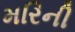
મરિની